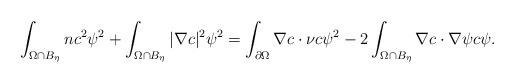
\begin{align*}\int_{\Omega\cap B_{\eta}}n c^{2}\psi^{2}+\int_{\Omega\cap B_{\eta}}|\nabla c|^{2}\psi^{2}=\int_{\partial\Omega}\nabla c\cdot\nu c\psi^{2} -2\int_{\Omega\cap B_{\eta}} \nabla c\cdot \nabla \psi c\psi.\end{align*}